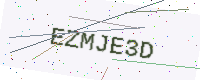
Text: EZMJE3D